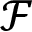
{ \mathcal F }